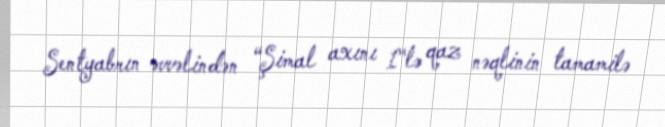
Sentyabrın əvvəlindən “Şimal axını 1"lə qaz nəqlinin tamamilə